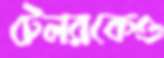
টেলরকেও